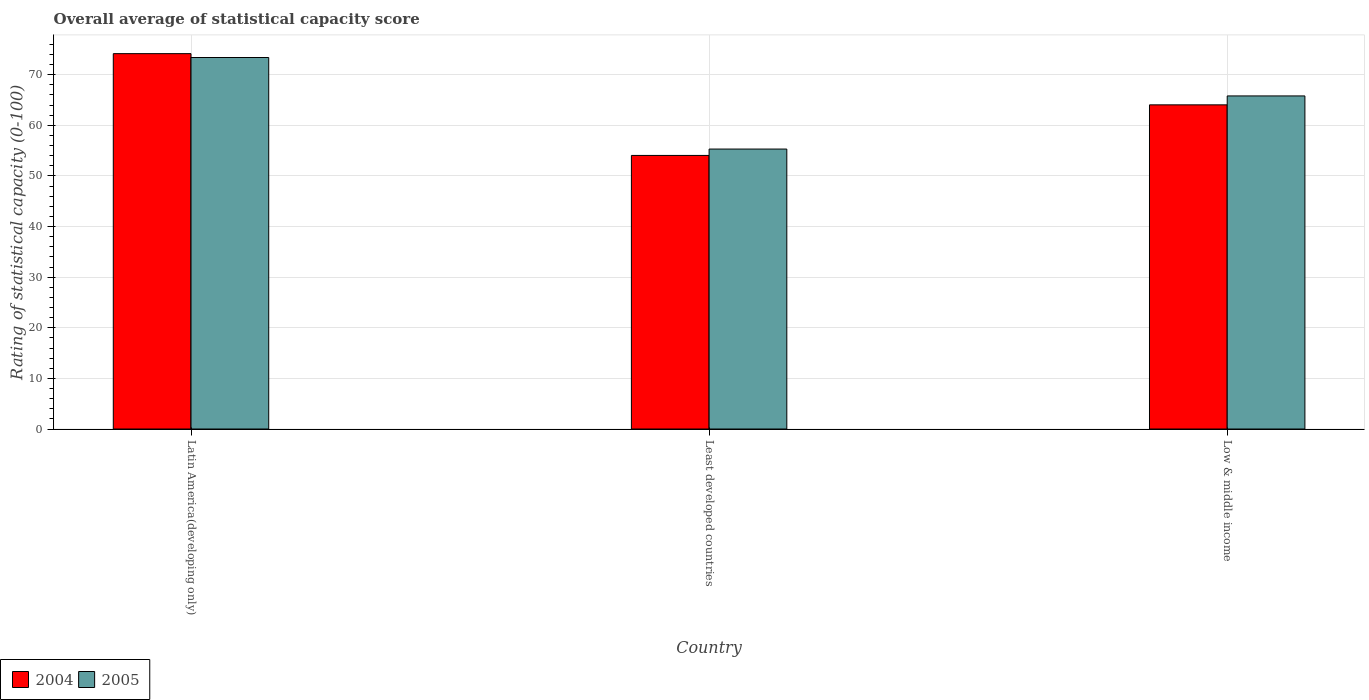
| Country | 2004 | 2005 |
 | --- | --- | --- |
 | Latin America(developing only) | 74.2 | 73.4 |
 | Least developed countries | 54.1 | 55.3 |
 | Low & middle income | 64 | 65.8 |